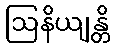
ဩနိယျန္တိ